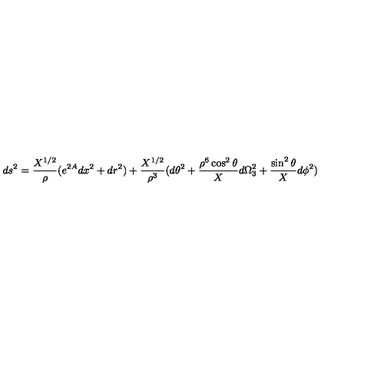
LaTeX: d s ^ { 2 } = { \frac { X ^ { 1 / 2 } } { \rho } } ( e ^ { 2 A } d x ^ { 2 } + d r ^ { 2 } ) + { \frac { X ^ { 1 / 2 } } { \rho ^ { 3 } } } ( d \theta ^ { 2 } + { \frac { \rho ^ { 6 } \cos ^ { 2 } \theta } { X } } d \Omega _ { 3 } ^ { 2 } + { \frac { \sin ^ { 2 } \theta } { X } } d \phi ^ { 2 } )